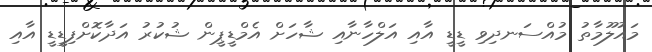
މައުލޫމާތު މުއްސަނދިވި ޑީޑީ އާއި އަލްހާނާއި ޝާހަށް އެމްޑީޕީން ޝުކުރު އަދާކޮށްފިޑީޑީ އާއި